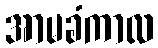
အာမခံကာလ